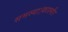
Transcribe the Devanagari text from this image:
समस्या।काश्मीर